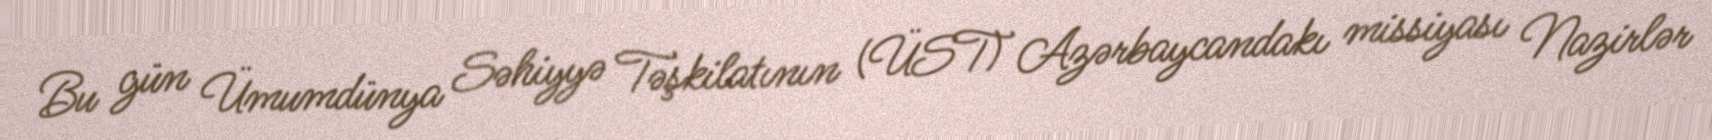
Bu gün Ümumdünya Səhiyyə Təşkilatının (ÜST) Azərbaycandakı missiyası Nazirlər